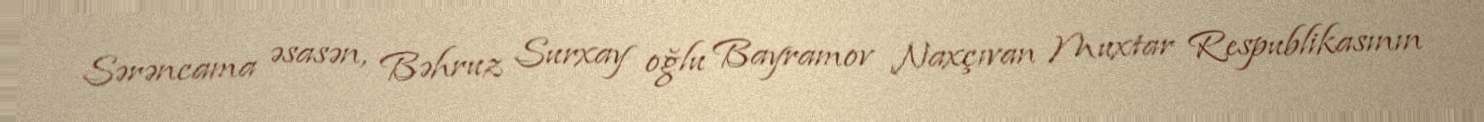
Sərəncama əsasən, Bəhruz Surxay oğlu Bayramov Naxçıvan Muxtar Respublikasının